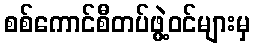
စစ်ကောင်စီတပ်ဖွဲ့ဝင်များမှ